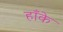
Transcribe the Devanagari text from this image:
हाँके